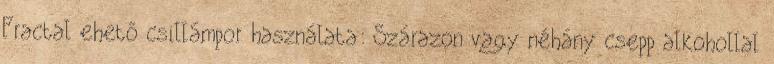
Fractal ehető csillámpor használata: Szárazon vagy néhány csepp alkohollal